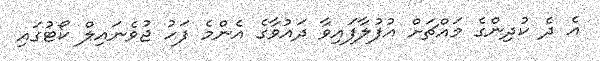
އެ ދެ ކުދިންގެ މައްޗަށް އުފުލާފައިވާ ދައުވާގެ އެންމެ ފަހު ޖުވެނައިލް ކޯޓުގައި